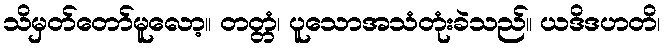
သိမှတ်တော်မူလော့။ တတ္တံ၊ ပူသောအသံတုံးခဲသည်။ ယဒိဒဟတိ၊